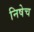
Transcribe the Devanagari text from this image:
निषेच